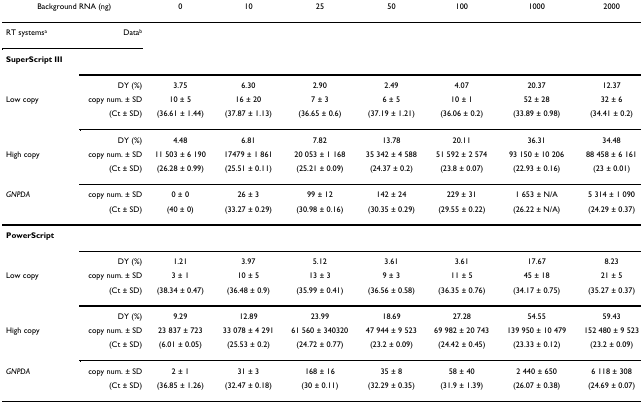
<table><thead><tr><td colspan="2"><b>Background RNA (ng)</b></td><td><b>0</b></td><td><b>10</b></td><td><b>25</b></td><td><b>50</b></td><td><b>100</b></td><td><b>1000</b></td><td><b>2000</b></td></tr></thead><tbody><tr><td>RT systems<sup>a</sup></td><td>Data<sup>b</sup></td><td></td><td></td><td></td><td></td><td></td><td></td><td></td></tr><tr><td><b>SuperScript III</b></td><td></td><td></td><td></td><td></td><td></td><td></td><td></td><td></td></tr><tr><td></td><td>DY (%)</td><td>3.75</td><td>6.30</td><td>2.90</td><td>2.49</td><td>4.07</td><td>20.37</td><td>12.37</td></tr><tr><td>Low copy</td><td>copy num. ± SD</td><td>10 ± 5</td><td>16 ± 20</td><td>7 ± 3</td><td>6 ± 5</td><td>10 ± 1</td><td>52 ± 28</td><td>32 ± 6</td></tr><tr><td></td><td>(Ct ± SD)</td><td>(36.61 ± 1.44)</td><td>(37.87 ± 1.13)</td><td>(36.65 ± 0.6)</td><td>(37.19 ± 1.21)</td><td>(36.06 ± 0.2)</td><td>(33.89 ± 0.98)</td><td>(34.41 ± 0.2)</td></tr><tr><td></td><td>DY (%)</td><td>4.48</td><td>6.81</td><td>7.82</td><td>13.78</td><td>20.11</td><td>36.31</td><td>34.48</td></tr><tr><td>High copy</td><td>copy num. ± SD</td><td>11 503 ± 6 190</td><td>17479 ± 1 861</td><td>20 053 ± 1 168</td><td>35 342 ± 4 588</td><td>51 592 ± 2 574</td><td>93 150 ± 10 206</td><td>88 458 ± 6 161</td></tr><tr><td></td><td>(Ct ± SD)</td><td>(26.28 ± 0.99)</td><td>(25.51 ± 0.11)</td><td>(25.21 ± 0.09)</td><td>(24.37 ± 0.2)</td><td>(23.8 ± 0.07)</td><td>(22.93 ± 0.16)</td><td>(23 ± 0.01)</td></tr><tr><td><i>GNPDA</i></td><td>copy num. ± SD</td><td>0 ± 0</td><td>26 ± 3</td><td>99 ± 12</td><td>142 ± 24</td><td>229 ± 31</td><td>1 653 ± N/A</td><td>5 314 ± 1 090</td></tr><tr><td></td><td>(Ct ± SD)</td><td>(40 ± 0)</td><td>(33.27 ± 0.29)</td><td>(30.98 ± 0.16)</td><td>(30.35 ± 0.29)</td><td>(29.55 ± 0.22)</td><td>(26.22 ± N/A)</td><td>(24.29 ± 0.37)</td></tr><tr><td><b>PowerScript</b></td><td></td><td></td><td></td><td></td><td></td><td></td><td></td><td></td></tr><tr><td></td><td>DY (%)</td><td>1.21</td><td>3.97</td><td>5.12</td><td>3.61</td><td>3.61</td><td>17.67</td><td>8.23</td></tr><tr><td>Low copy</td><td>copy num. ± SD</td><td>3 ± 1</td><td>10 ± 5</td><td>13 ± 3</td><td>9 ± 3</td><td>11 ± 5</td><td>45 ± 18</td><td>21 ± 5</td></tr><tr><td></td><td>(Ct ± SD)</td><td>(38.34 ± 0.47)</td><td>(36.48 ± 0.9)</td><td>(35.99 ± 0.41)</td><td>(36.56 ± 0.58)</td><td>(36.35 ± 0.76)</td><td>(34.17 ± 0.75)</td><td>(35.27 ± 0.37)</td></tr><tr><td></td><td>DY (%)</td><td>9.29</td><td>12.89</td><td>23.99</td><td>18.69</td><td>27.28</td><td>54.55</td><td>59.43</td></tr><tr><td>High copy</td><td>copy num. ± SD</td><td>23 837 ± 723</td><td>33 078 ± 4 291</td><td>61 560 ± 340320</td><td>47 944 ± 9 523</td><td>69 982 ± 20 743</td><td>139 950 ± 10 479</td><td>152 480 ± 9 523</td></tr><tr><td></td><td>(Ct ± SD)</td><td>(6.01 ± 0.05)</td><td>(25.53 ± 0.2)</td><td>(24.72 ± 0.77)</td><td>(23.2 ± 0.09)</td><td>(24.42 ± 0.45)</td><td>(23.33 ± 0.12)</td><td>(23.2 ± 0.09)</td></tr><tr><td><i>GNPDA</i></td><td>copy num. ± SD</td><td>2 ± 1</td><td>31 ± 3</td><td>168 ± 16</td><td>35 ± 8</td><td>58 ± 40</td><td>2 440 ± 650</td><td>6 118 ± 308</td></tr><tr><td></td><td>(Ct ± SD)</td><td>(36.85 ± 1.26)</td><td>(32.47 ± 0.18)</td><td>(30 ± 0.11)</td><td>(32.29 ± 0.35)</td><td>(31.9 ± 1.39)</td><td>(26.07 ± 0.38)</td><td>(24.69 ± 0.07)</td></tr></tbody></table>